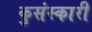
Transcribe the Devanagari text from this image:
कुसंस्कारी